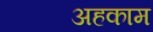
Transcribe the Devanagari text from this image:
अहकाम